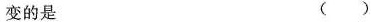
变的是 ()